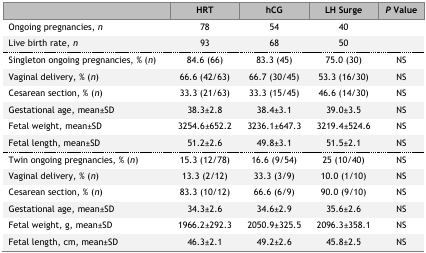
|  | HRT | hCG | LH Surge | P Value |
 | --- | --- | --- | --- | --- |
 | Ongoing pregnancies, n | 78 | 54 | 40 |  |
 | Live birth rate, n | 93 | 68 | 50 |  |
 | Singleton ongoing pregnancies, % (n) | 84.6 (66) | 83.3 (45) | 75.0 (30) | NS |
 | Vaginal delivery, % (n) | 66.6 (42/63) | 66.7 (30/45) | 53.3 (16/30) | NS |
 | Cesarean section, % (n) | 33.3 (21/63) | 33.3 (15/45) | 46.6 (14/30) | NS |
 | Gestational age, mean±SD | 38.3±2.8 | 38.4±3.1 | 39.0±3.5 | NS |
 | Fetal weight, mean±SD | 3254.6±652.2 | 3236.1±647.3 | 3219.4±524.6 | NS |
 | Fetal length, mean±SD | 51.2±2.6 | 49.8±3.1 | 51.5±2.1 | NS |
 | Twin ongoing pregnancies, % (n) | 15.3 (12/78) | 16.6 (9/54) | 25 (10/40) | NS |
 | Vaginal delivery, % (n) | 13.3 (2/12) | 33.3 (3/9) | 10.0 (1/10) | NS |
 | Cesarean section, % (n) | 83.3 (10/12) | 66.6 (6/9) | 90.0 (9/10) | NS |
 | Gestational age, mean±SD | 34.3±2.6 | 34.6±2.9 | 35.6±2.6 | NS |
 | Fetal weight, g, mean±SD | 1966.2±292.3 | 2050.9±325.5 | 2096.3±358.1 | NS |
 | Fetal length, cm, mean±SD | 46.3±2.1 | 49.2±2.6 | 45.8±2.5 | NS |